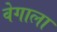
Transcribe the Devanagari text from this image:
वेगाला